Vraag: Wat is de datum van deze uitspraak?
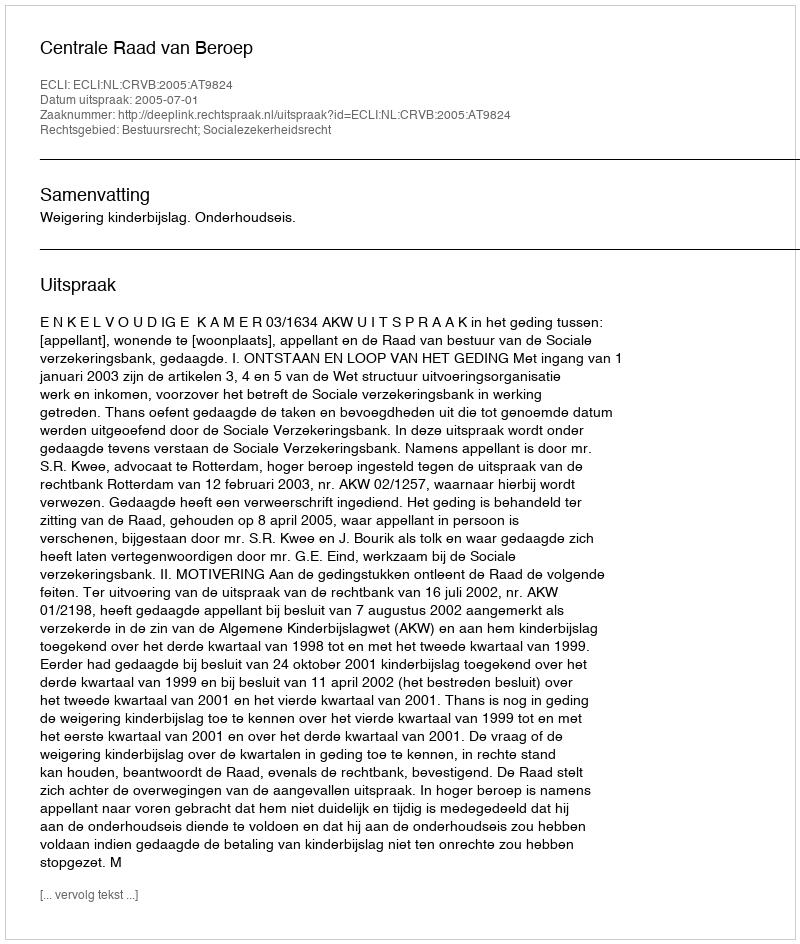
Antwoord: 2005-07-01